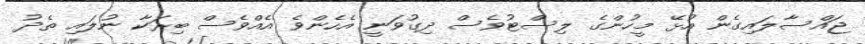
ޖައްސާލައިގެން އުޅޭ މީހުންގެ ލިސްޓުވެސް ދިގުވަނީ އެހެންވެ އެއްވެސް ބިރަކާ ނުލައި ތެދު